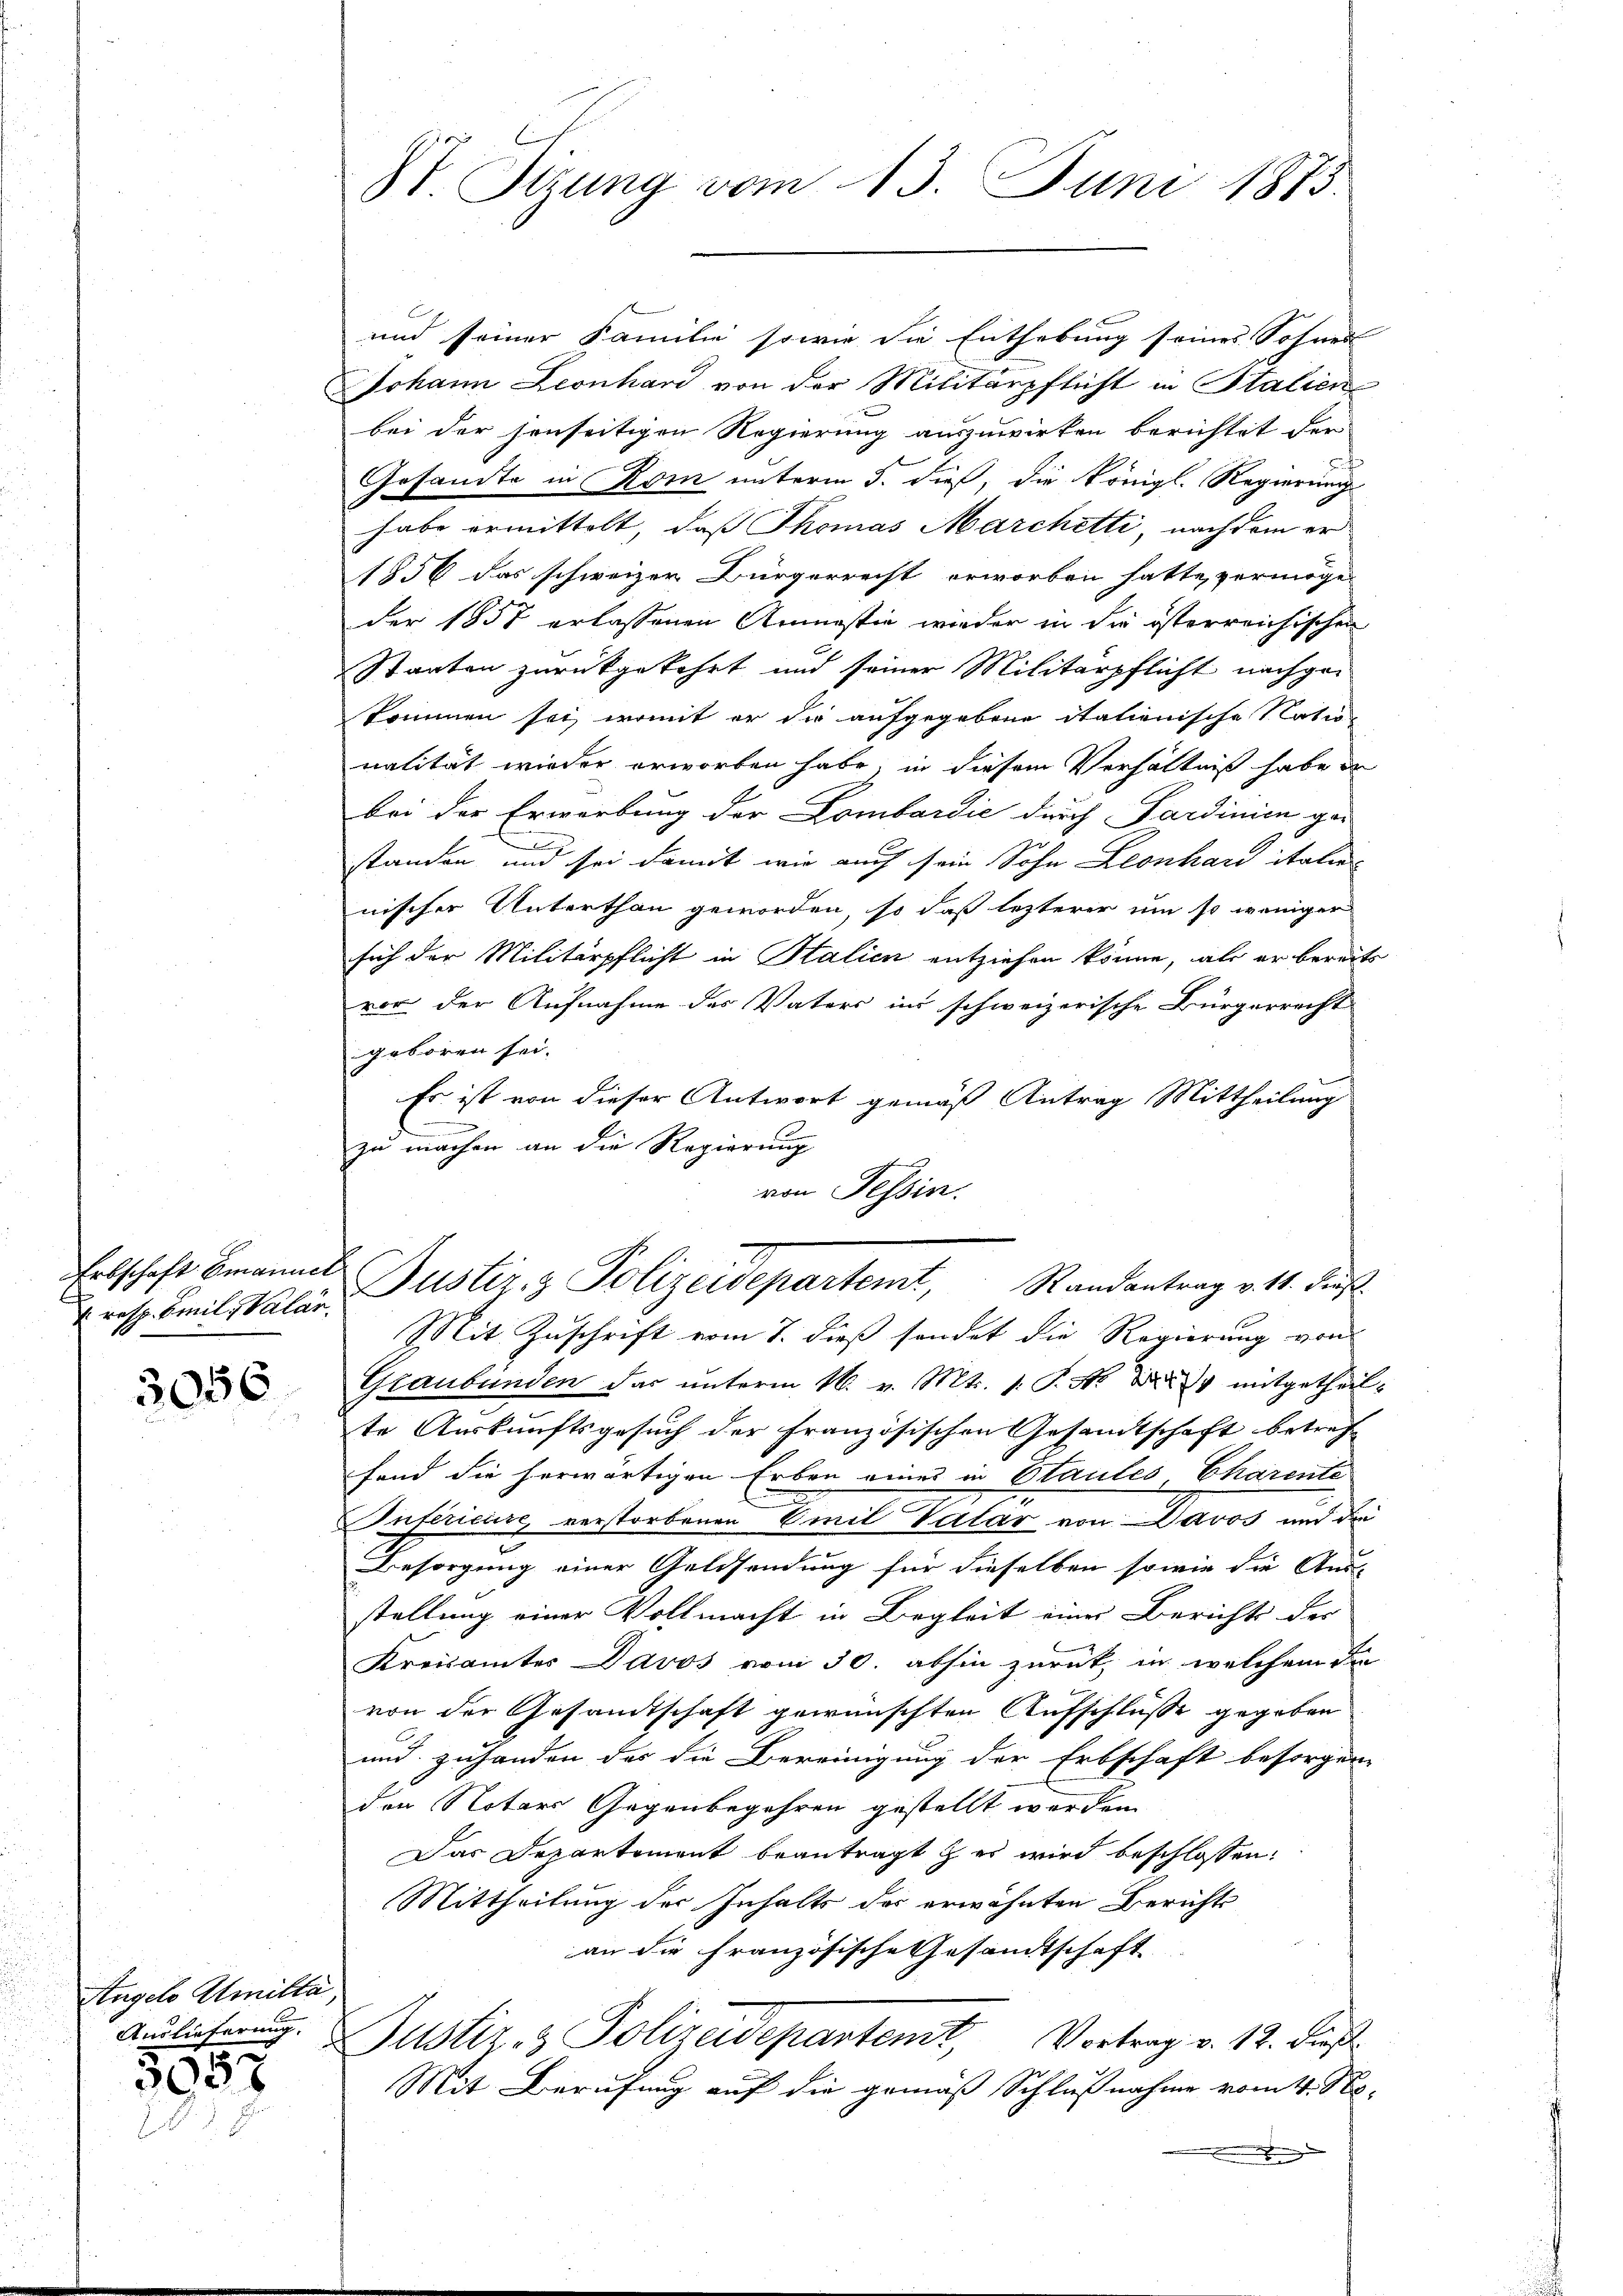
resp. Emil Valar.

und seiner Familie sowie die Enthebung seines Sohnes
Johann Leonhard von der Militärpflicht in Stalien-
bei der jenseitigen Regierung auszuwirken berichtet der
a
Gesandte in Rom unterm 5. dieß, die Königl. Regierung
habe ermittelt, das Thomas Marchetti, nachdem er
1856 das schweizer Bürgerrecht erworben hatte, vermöge
der 1858 erlassenen Ammestie wieder in die österreichischen
Staaten zurückgekehrt und seiner Militärpflicht nachgekommen sei, womit er die aufgegebene itationische Nation
nalität wieder erworben habe, in diesem Verhältniß habe e
bei der Erwerbung der Lombardić durch Sardinien gan
standen und sei damit wie auch sein Sohn Leonhard italie
nischer Unterthan geworden, so daß lezterer um so weniger
sich der Militärpflicht in Stalien entziehen könne, als er bereit
vor der Aufnahme des Vaters in schweizerische Bürgerrecht
geboren sei.
Es ist von dieser Antwort gemäß Antrag Mittheilung
.
zu machen an die Regierung
von Tessin.
felschaft bemannes Justiz & Polizeidepartemt, Randantrag v. 11. dies
Mit Zuschrift vom 7. dieß sonder die Regierung von
 Graubünden das unterm 16. v. Mts. 1. P. No 4 mitgetheil
te Auskunftsgesuch der Französischen Gesandtschaft betref
fand die herwärtigen Erben eines in Stautes Charente
n
Inferieure, verstorbenen Emil Valar von Davos und de
Besorgung einer Geldsendung für dieselben sowie die Aus-
stellung einer Vollmacht in Begleit einer Berichts der
Kreisamtes Davos vom 30. abhin zurück, in welchem die
von der Gesandtschaft gewünschten Aufschlüsse gegeben
und zuhanden das die Bereinigung der Erbschaft besorgen
den Notars Gegenbegehren gestellt werden.
Das Departement beantragt & es wird beschlossen:
Mittheilung der Inhalts der erwähnten Berichts
an die Französische Gesandtschaft
Ausführung. Justiz & Polizeidepartemt, Vortrag v. 12. Dist.
Mit Berufung auf die gemäß Schlußnahme vom 4. Se
e

Angelo Amitta,

3087

87. Stzung vom 13. Juni 1873.

e
t
.
2